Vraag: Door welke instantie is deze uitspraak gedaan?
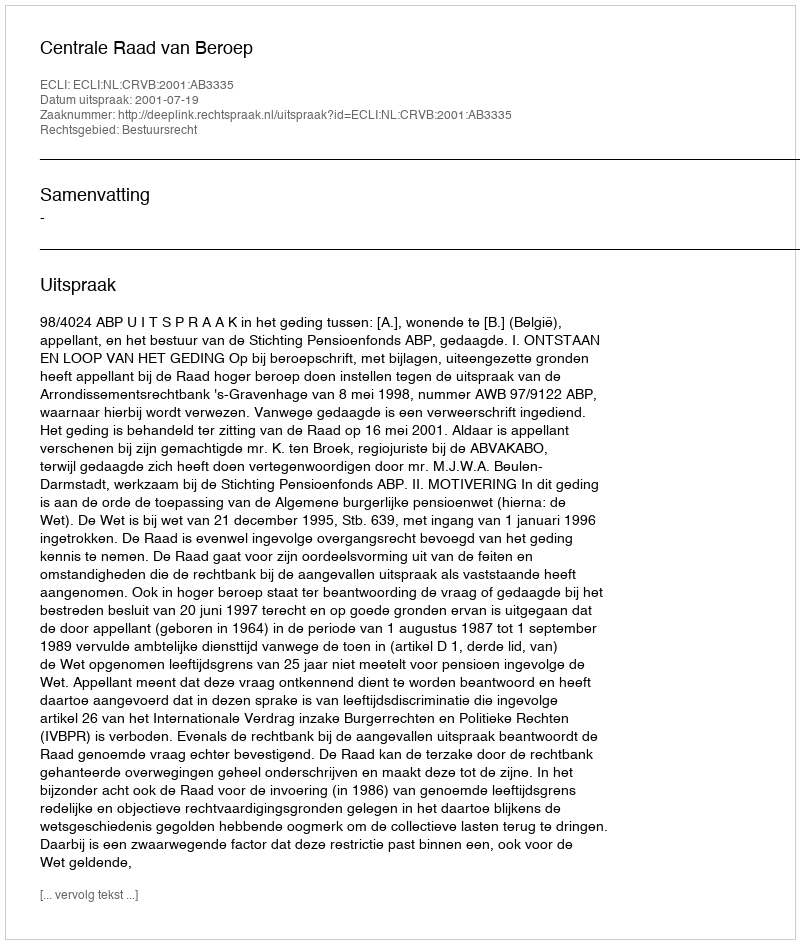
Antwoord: Centrale Raad van Beroep